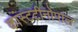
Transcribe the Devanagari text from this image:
कांस्टटीनोपाल